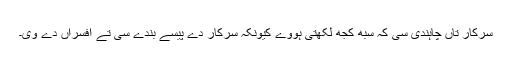
سرکار تاں چاہندی سی کہ سبھ کُجھ لکھتی ہووے کیونکہ سرکار دے پیسے بندے سی تے افسراں دے وی۔